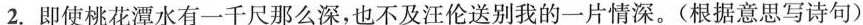
2.即使桃花潭水有一千尺那么深，也不及汪伦送别我的一片情深。(根据意思写诗句)